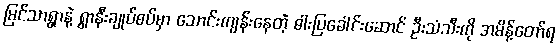
မြင်သာရွာနဲ့ ရွာနီးချုပ်စပ်မှာ သောင်းကျန်းနေတဲ့ ဓါးပြခေါင်းဆောင် ဦးသံသီးကို အမိန့်တော်ရ